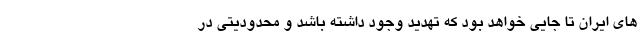
های ایران تا جایی خواهد بود که تهدید وجود داشته باشد و محدودیتی در